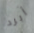
أبرد